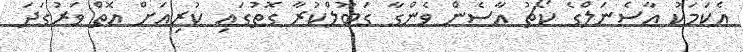
އެކަމަކު އާސެނަލްގެ ކޯޗު އާސެން ވެންގާ ގަބޫލްކުރާ ގޮތުގައި ކުރިއަށް އޮތް ވަރުގަދަ